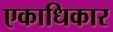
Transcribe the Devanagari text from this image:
एकाधिकार